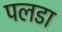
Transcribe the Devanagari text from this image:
पलडा